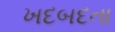
ખદબદતા